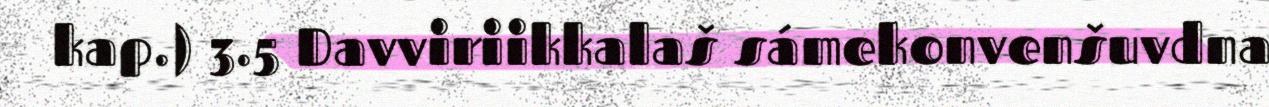
kap.) 3.5 Davviriikkalaš sámekonvenšuvdna